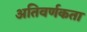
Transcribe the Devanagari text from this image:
अतिवर्णकता